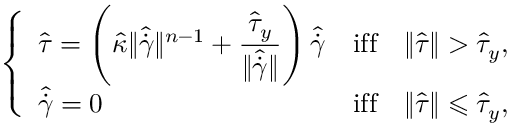
\left\{ \begin{array} { l l } { \hat { \boldsymbol { \tau } } = \left( \hat { \kappa } \Vert \hat { \dot { \boldsymbol { \gamma } } } \Vert ^ { n - 1 } + \displaystyle { \frac { \hat { \tau } _ { y } } { \Vert \hat { \dot { \boldsymbol { \gamma } } } \Vert } } \right) \hat { \dot { \boldsymbol { \gamma } } } } & { \mathrm { i f f } \quad \Vert \hat { \boldsymbol { \tau } } \Vert > \hat { \tau } _ { y } , } \\ { \hat { \dot { \boldsymbol { \gamma } } } = 0 } & { \mathrm { i f f } \quad \Vert \hat { \boldsymbol { \tau } } \Vert \leqslant \hat { \tau } _ { y } , } \end{array} \right.